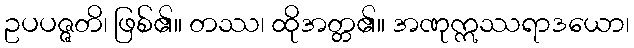
ဥပပဇ္ဇတိ၊ ဖြစ်၏။ တဿ၊ ထိုအတ္တ၏။ အဏုဣဿရာဒယော၊